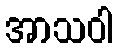
အာသဝါ